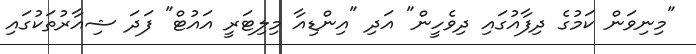
"މިނިވަން ކަމުގެ ދިފާއުގައި ދިވެހީން" އަދި "އިންޑިއާ މިލިޓަރީ އައުޓް" ފަދަ ޝިއާރުތަކުގައި